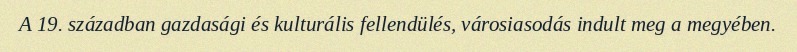
A 19. században gazdasági és kulturális fellendülés, városiasodás indult meg a megyében.